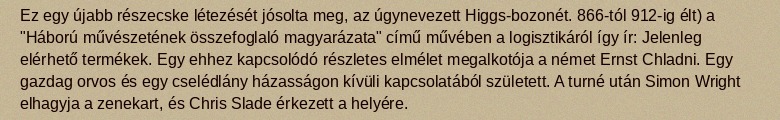
Ez egy újabb részecske létezését jósolta meg, az úgynevezett Higgs-bozonét. 866-tól 912-ig élt) a "Háború művészetének összefoglaló magyarázata" című művében a logisztikáról így ír: Jelenleg elérhető termékek. Egy ehhez kapcsolódó részletes elmélet megalkotója a német Ernst Chladni. Egy gazdag orvos és egy cselédlány házasságon kívüli kapcsolatából született. A turné után Simon Wright elhagyja a zenekart, és Chris Slade érkezett a helyére.